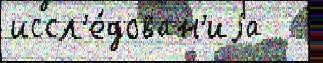
иссл'е́дован'иjа